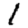
Digit: 1